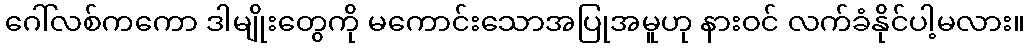
ဂေါ်လစ်ကကော ဒါမျိုးတွေကို မကောင်းသောအပြုအမူဟု နားဝင် လက်ခံနိုင်ပါ့မလား။